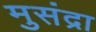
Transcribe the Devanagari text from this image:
मुसंद्रा